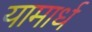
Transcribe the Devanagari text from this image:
यामार्ध